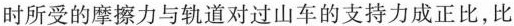
时所受的摩擦力与轨道对过山车的支持力成正比，比